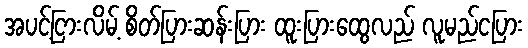
အပင့်ငြားလိမ့် စိတ်ပြားဆန်းပြား ထူးပြားထွေလည် လူမည်ငပြား